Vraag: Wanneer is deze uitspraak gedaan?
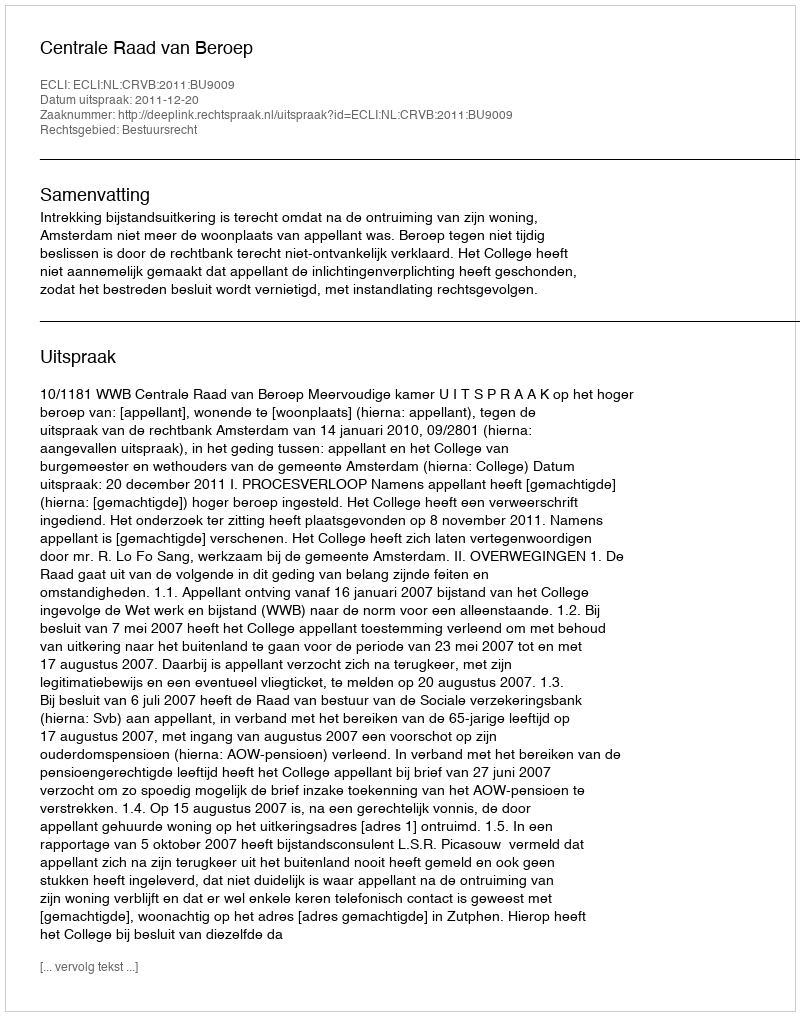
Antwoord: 2011-12-20